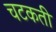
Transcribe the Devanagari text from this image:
चटकती